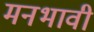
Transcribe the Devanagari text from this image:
मनभावी